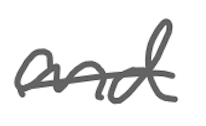
Text: and
Cross-out: single-line
Writing tool: digital_gray